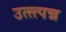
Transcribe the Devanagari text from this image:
उत्त्त्पन्न